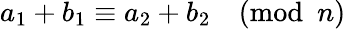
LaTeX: a_{1}+b_{1}\equiv a_{2}+b_{2}{\pmod{n}}